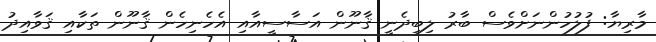
މާރިޔާ: ފުލުހުންނަށްވެސް ބާރު ލިބިދެނީ ޤާނޫން އަސާސީއާއި އެހެނިހެން ޤާނޫން ތަކާއި ޤަވާއިދު